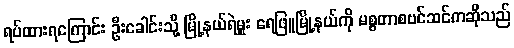
ရပ်ထားရကြောင်း ဦးခေါင်းသို့ မြို့နယ်ရဲမှူး ရေဖြူမြို့နယ်ကို မစ္စတာစဗင်ဆင်ကဆိုသည်